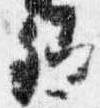
卿